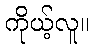
ကိုယ့်လူ။